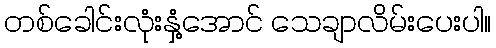
တစ်ခေါင်းလုံးနှံ့အောင် သေချာလိမ်းပေးပါ။